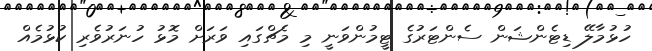
ހުޅުމާލޭ ޑިޓެންޝަން ސެންޓަރުގެ ޓީމުންވަނީ މި މެޗްގައި ވަރަށް މޮޅު ހުނަރުވެރި ކުޅުމެއް